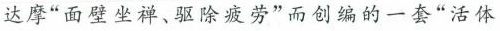
达摩”面壁坐禅、驱除疲劳”而创编的一套”活体